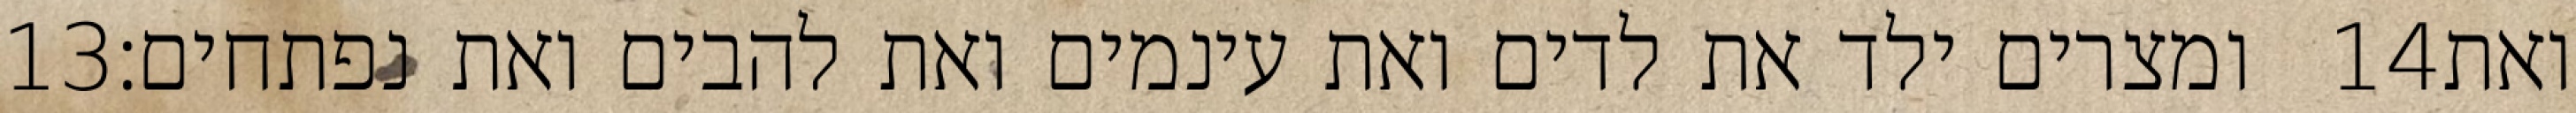
‎13‏ ומצרים ילד את לדים ואת עינמים ואת להבים ואת נפתחים׃ ‎14‏ ואת